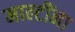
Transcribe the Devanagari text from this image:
माल्टींना